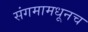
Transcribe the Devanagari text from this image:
संगमामधूनच